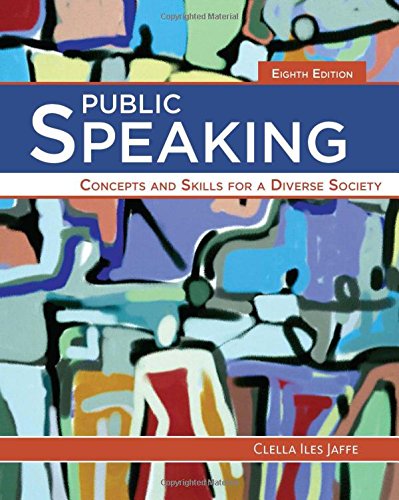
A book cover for Public Speaking: Concepts and Skills for a Diverse Society; Clella Jaffe; Reference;